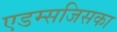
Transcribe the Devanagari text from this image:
एडम्सजिसका